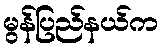
မွန်ပြည်နယ်က